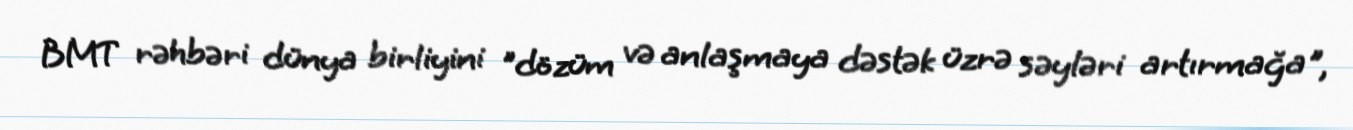
BMT rəhbəri dünya birliyini "dözüm və anlaşmaya dəstək üzrə səyləri artırmağa",